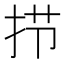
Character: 𰓜